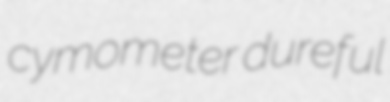
cymometer dureful